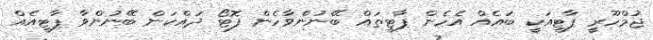
ޖުމްހޫރީ ޕާޓީއަކީ ބައެއް އެހެން ޕާޓީތައް ބޭނުންވާހެން ފޮޓޯ ދައްކަން ބޭނުންވާ ޕާޓީއެއް